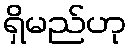
ရှိမည်ဟု